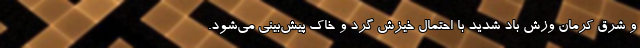
و شرق کرمان وزش باد شدید با احتمال خیزش گرد و خاک پیش‌بینی می‌شود.